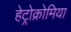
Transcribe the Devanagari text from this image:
हेट्रोक्रोमिया